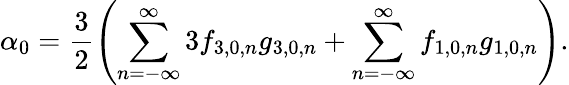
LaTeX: \displaystyle\alpha_{0}=\frac{3}{2}\left(\sum_{n=-\infty}^{\infty}{3f_{3,0,n}g_{3,0,n}}+\sum_{n=-\infty}^{\infty}{f_{1,0,n}g_{1,0,n}}\right).